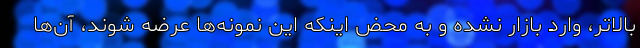
بالاتر، وارد بازار نشده و به محض اینکه این نمونه‌ها عرضه شوند، آن‌ها